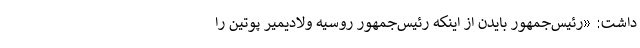
داشت: «رئیس‌جمهور بایدن از اینکه رئیس‌جمهور روسیه ولادیمیر پوتین را